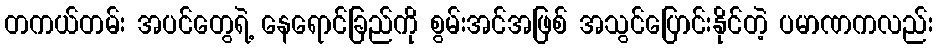
တကယ်တမ်း အပင်တွေရဲ့ နေရောင်ခြည်ကို စွမ်းအင်အဖြစ် အသွင်ပြောင်းနိုင်တဲ့ ပမာဏကလည်း